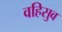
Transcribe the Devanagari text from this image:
वहिसुव